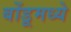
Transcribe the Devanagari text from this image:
बोंडूमध्ये